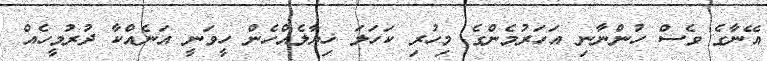
އޭނާގެ ވެސް ހުންނާނި އަހަރުމެންގެ މިހުރި ކަހަލަ ޚިޔާލެއްހެން ހީވަނީ އަނެއްކާ ދުރުމީހެއް